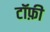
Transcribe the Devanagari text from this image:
टॉफ़ी